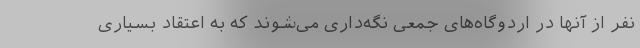
نفر از آنها در اردوگاه‌های جمعی نگه‌داری می‌شوند که به اعتقاد بسیاری